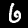
Label: 6